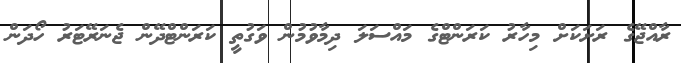
ރާއްޖޭގެ ރަށަކަށް މިހާރު ކަރަންޓްގެ މައްސަަލަ ދިމާވުމުން ވަގުތީ ކަރަންޓްދޭން ޖެނަރޭޓަރު ހޯދަން